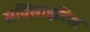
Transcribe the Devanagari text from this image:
सर्विसाइटिस